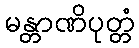
မန္တာဏိပုတ္တံ